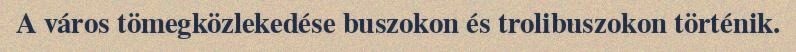
A város tömegközlekedése buszokon és trolibuszokon történik.